Jarvakandi_vallavalitsus, lk 61
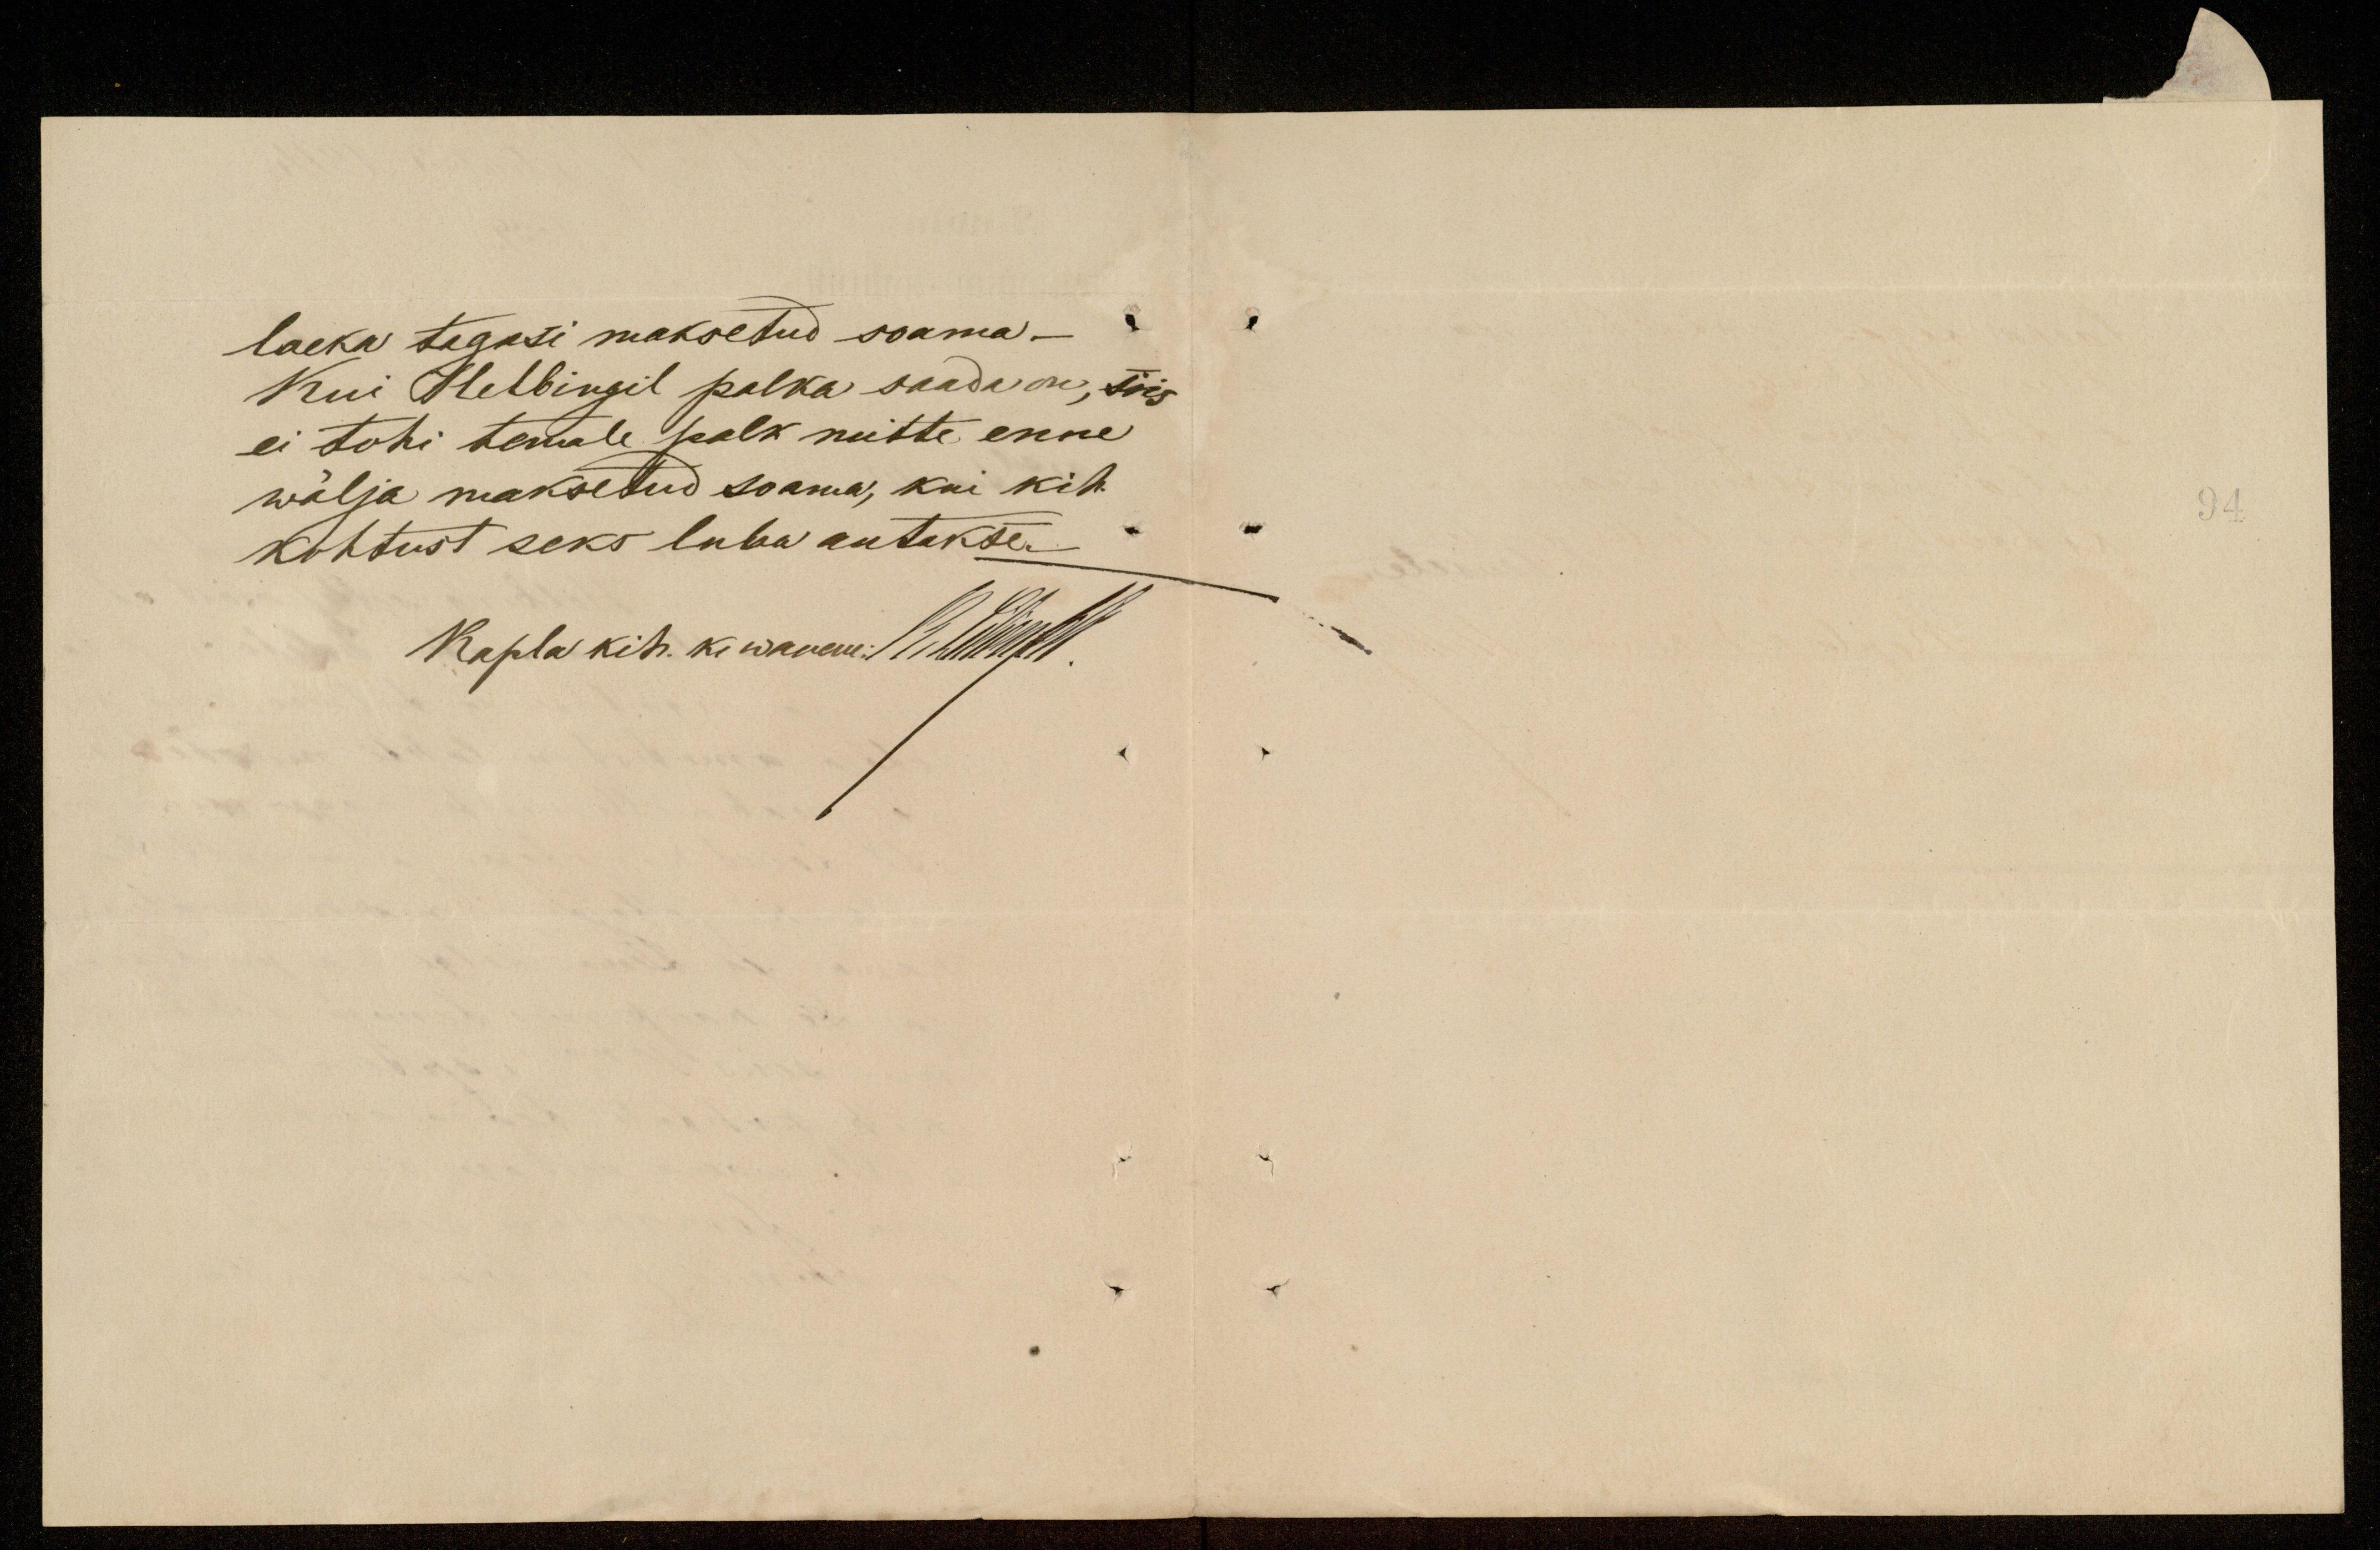
laeka tagasi maksetud saama -
Kui Helbingil palka saada on, siis
ei tohi temale palk mitte enne
wälja maksetud saama, kui kih.
kohtust seks luba antakse.
Kapla kih. k. wanem Seltsonnas.